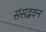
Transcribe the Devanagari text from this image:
संसद्भवन